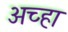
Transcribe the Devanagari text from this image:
अच्हा